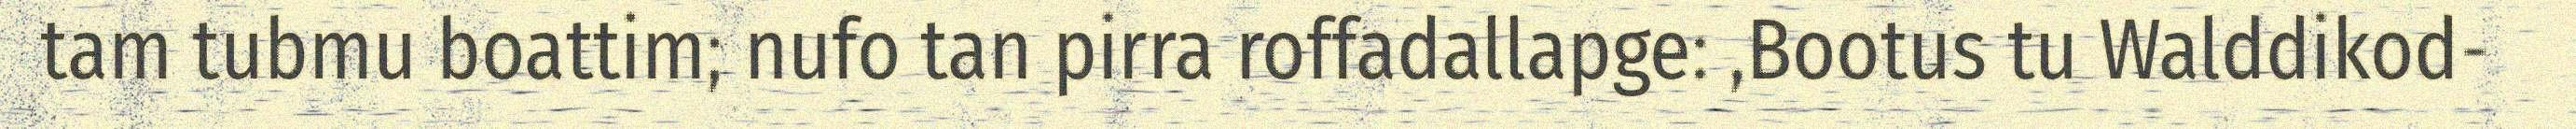
tam tubmu boattim; nufo tan pirra roffadallapge: ,Bootus tu Walddikod-